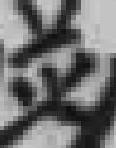
並